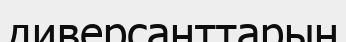
диверсанттарын